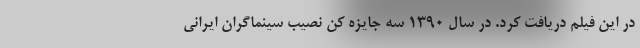
در این فیلم دریافت کرد. در سال ۱۳۹۰ سه جایزه کن نصیب سینماگران ایرانی